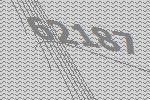
62187